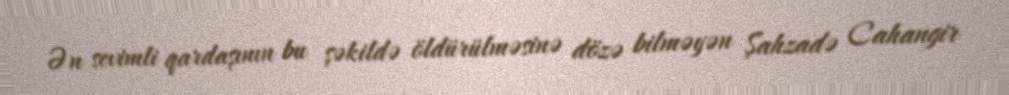
Ən sevimli qardaşının bu şəkildə öldürülməsinə dözə bilməyən Şahzadə Cahangir